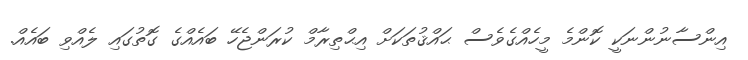
އިންސާނުންނަކީ ކޮންމެ މީހެއްގެވެސް ޙައްޤުތަކަށް އިޙްތިރާމް ކުރަންޖެހޭ ބައެއްގެ ގޮތުގައި ލެއްވި ބައެއް.